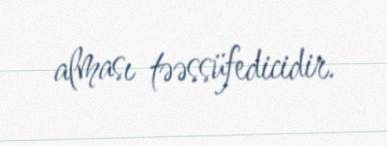
alması təəssüfedicidir.